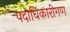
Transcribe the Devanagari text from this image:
पदाधिकारीगण